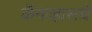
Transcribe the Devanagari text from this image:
कॅनव्हासचे